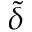
\tilde { \delta }